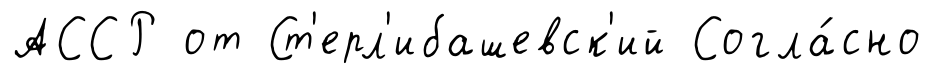
АССР от Ст'ерл'ибашевск'ий Согла́сно